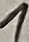
Text: 1